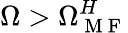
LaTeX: \Omega>\Omega_{\mathrm{~M~F~}}^{H}